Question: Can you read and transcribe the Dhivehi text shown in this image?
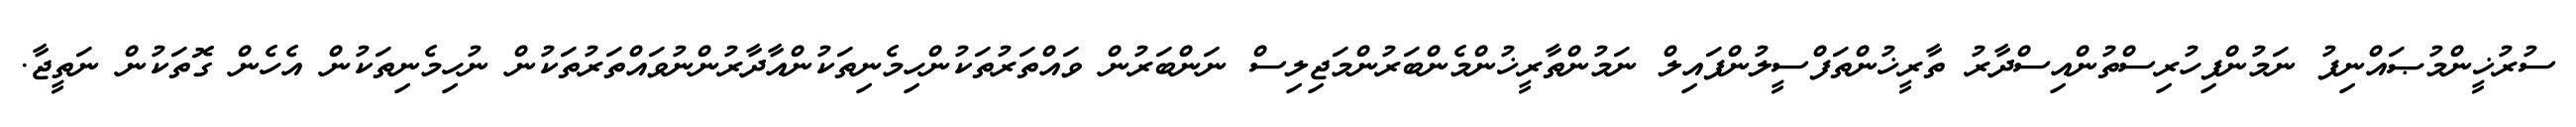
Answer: ސުރުޚީންމުޞައްނިފު ނަމުންފިހުރިސްތުންއިސްދާރު ތާރީޚުންތަފްސީލުންފައިލް ނަމުންތާރީޚުންމެންބަރުންމަޖިލިސް ނަންބަރުން ވައްތަރުތަކުންހިމެނިތަކުންއާދާރުންނުވައްތަރުތަކުން ނުހިމެނިތަކުން އެހެން ގޮތަކުން ނަތީޖާ.